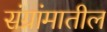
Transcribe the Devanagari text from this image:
संग्रांमातील